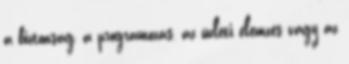
a biztonság, a programozás, az üzleti elemzés vagy az